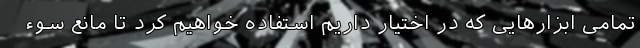
تمامی ابزارهایی که در اختیار داریم استفاده خواهیم کرد تا مانع سوء